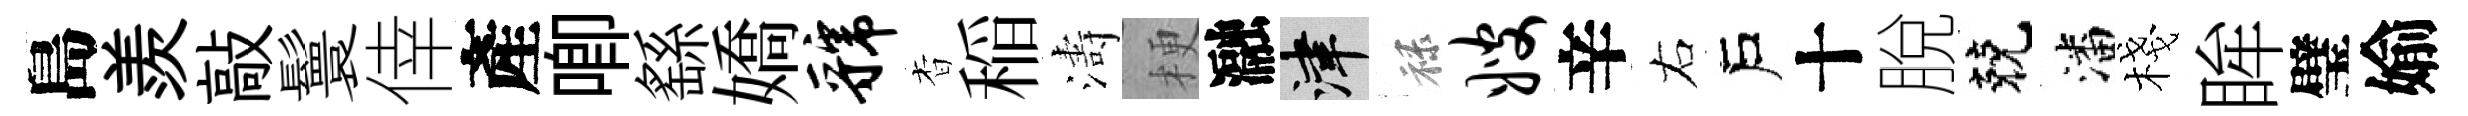
島羨敲鬟倖產唧繇嬌虢杳稲濤梗瀜津禄嫂辛右戶十脫兢潘棧眸璧媮